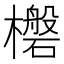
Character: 𮲼